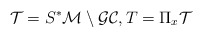
\begin{align*} \mathcal{T}= S^*\mathcal{M} \setminus \mathcal{GC},T= \Pi_x \mathcal{T}\end{align*}